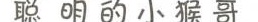
聪明的小猴哥